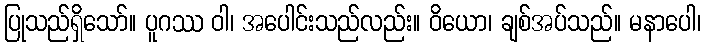
ပြုသည်ရှိသော်။ ပူဂဿ ဝါ၊ အပေါင်းသည်လည်း။ ဝိယော၊ ချစ်အပ်သည်။ မနာပေါ၊